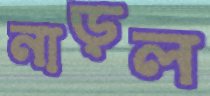
নাড়ল